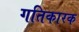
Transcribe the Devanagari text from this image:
गतिकारक